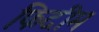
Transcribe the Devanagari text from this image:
फिदीम